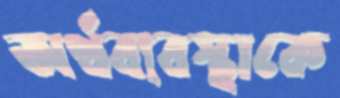
অর্থব্যবস্থাকে